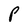
Character: P